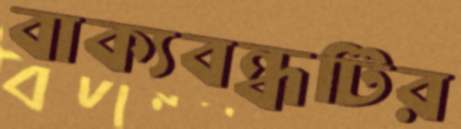
বাক্যবন্ধটির